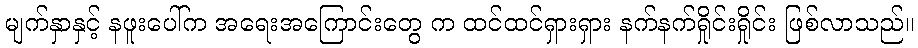
မျက်နှာနှင့် နဖူးပေါ်က အရေးအကြောင်းတွေ က ထင်ထင်ရှားရှား နက်နက်ရှိုင်းရှိုင်း ဖြစ်လာသည်။